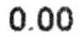
0.00